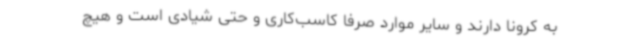
به کرونا دارند و سایر موارد صرفا کاسب‌کاری و حتی شیادی است و هیچ